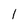
Character: 1